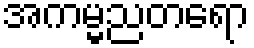
အကမ္မညတရော